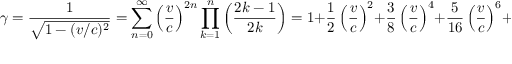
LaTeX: \gamma = { \frac { 1 } { \sqrt { 1 - ( v / c ) ^ { 2 } } } } = \sum _ { n = 0 } ^ { \infty } \left( { \frac { v } { c } } \right) ^ { 2 n } \prod _ { k = 1 } ^ { n } \left( { \frac { 2 k - 1 } { 2 k } } \right) = 1 + { \frac { 1 } { 2 } } \left( { \frac { v } { c } } \right) ^ { 2 } + { \frac { 3 } { 8 } } \left( { \frac { v } { c } } \right) ^ { 4 } + { \frac { 5 } { 1 6 } } \left( { \frac { v } { c } } \right) ^ { 6 } + \cdots